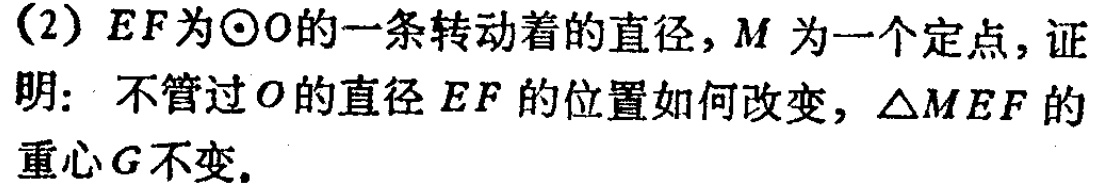
(2) \(EF\)为\(\odot O\)的一条转动着的直径，\(M\)为一个定点，证明：不管过\(O\)的直径\(EF\)的位置如何改变，\(\triangle MEF\)的重心\(G\)不变。